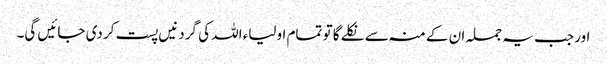
اور جب یہ جملہ ان کے منہ سے نکلے گا تو تمام اولیاء اللہ کی گردنیں پست کر دی جائیں گی۔